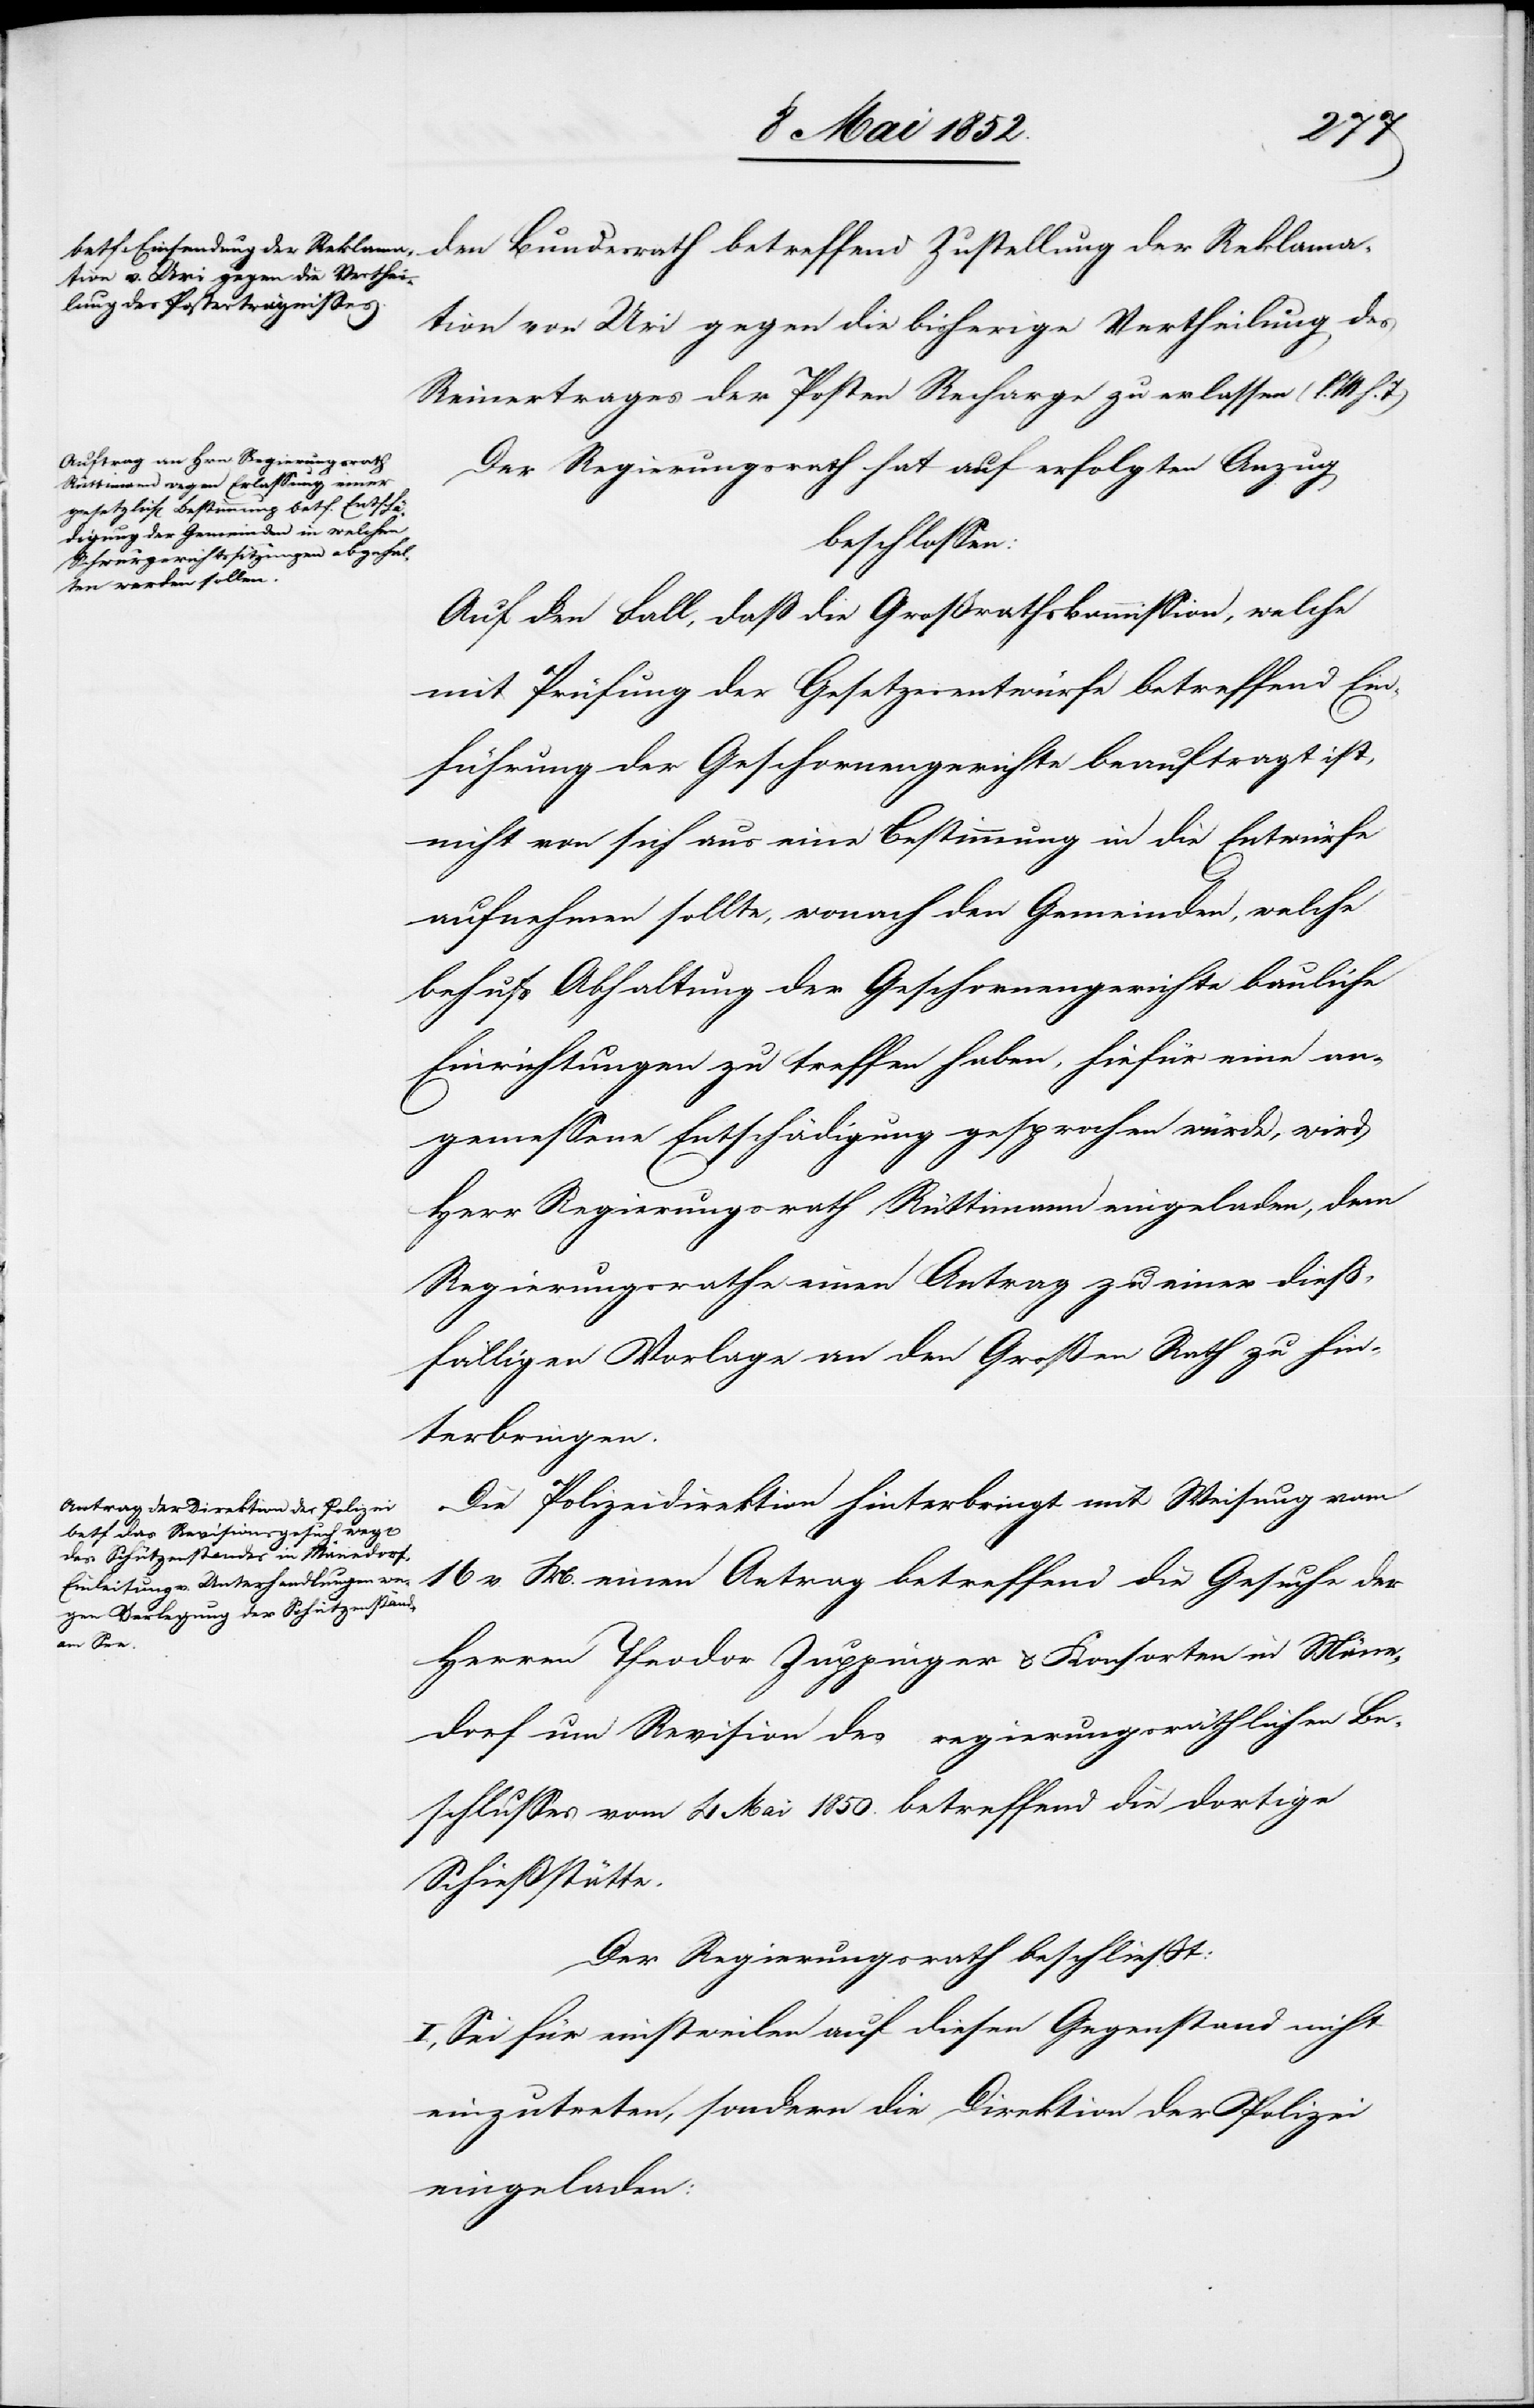
den Bundesrath betreffend Zustellung der Reklama¬
tion von Uri gegen die bisherige Vertheilung des
Reinertrages der Posten Recharge zu erlassen (l.
Der Regierungsrath hat auf erfolgten Anzug
beschlossen:
Auf den Fall, daß die Großrathskommission, welche
mit Prüfung der Gesetzesentwürfe betreffend Ein¬
führung der Gesch[w]ornengerichte beauftragt ist,
nicht von sich aus eine Bestimmung in die Entwürfe
aufnehmen sollte, wonach den Gemeinden, welche
behufs Abhaltung der Gesch[w]ornengerichte bauliche
Einrichtungen zu treffen haben, hiefür eine an¬
gemessene Entschädigung gesprochen würde, wird
Herr Regierungsrath Rüttimann eingeladen, dem
Regierungsrathe einen Antrag zu einer dieß¬
fälligen Vorlage an den Großen Rath zu hin¬
terbringen.
Die Polizeidirektion hinterbringt mit Weisung vom
16 v. M. einen Antrag betreffend die Gesuche der
Herren Theodor Zuppinger & Konsorten in Mäne¬
dorf um Revision des regierungsräthlichen Be¬
schlusses vom 4 Mai 1850. betreffend die dortige
Schießstätte.
Der Regierungsrath beschliesst:
I., Sei für einstweilen auf diesen Gegenstand nicht
einzutreten, sondern die Direktion der Polizei
eingeladen: